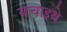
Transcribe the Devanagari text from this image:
बचाइये